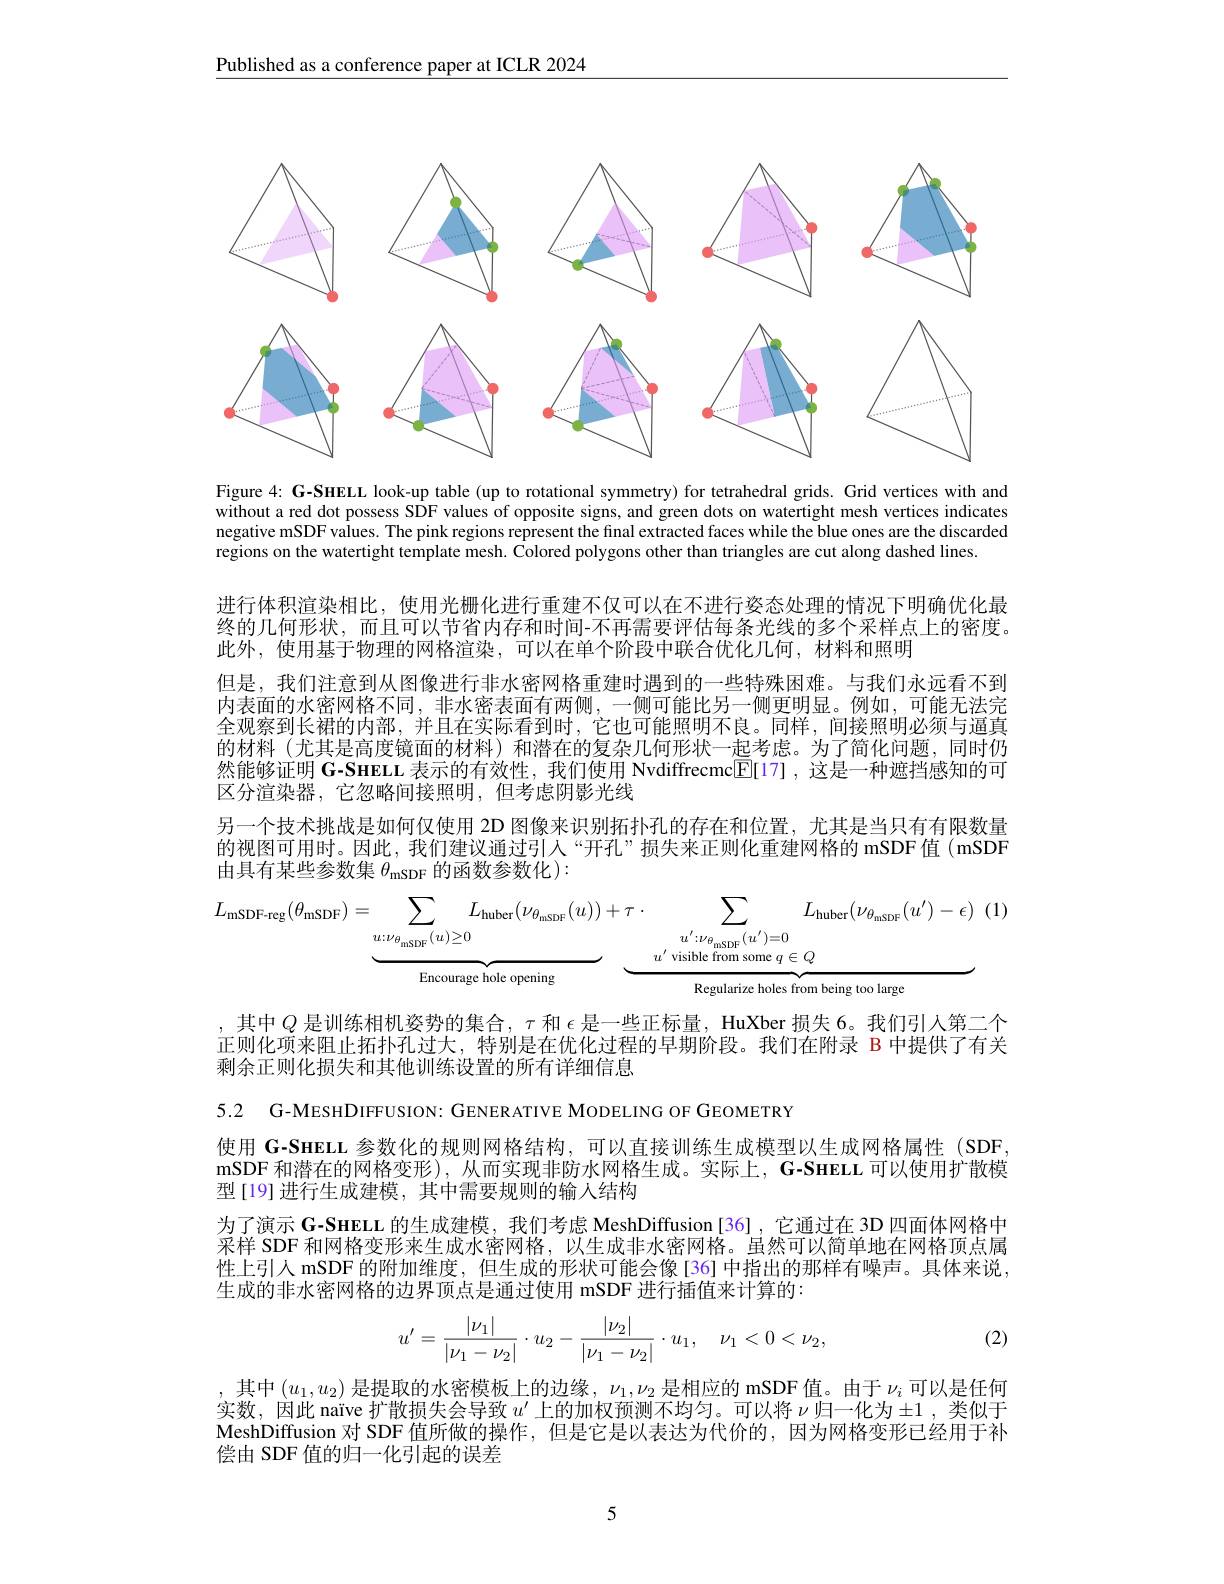
$\underline{\text{Published as a conference paper at ICLR 2024}}$

<FigureHere>

Figure 4: G-SHELL look-up table (up to rotational symmetry) for tetrahedral grids. Grid vertices with and without a red dot possess SDF values of opposite signs, and green dots on watertight mesh vertices indicates negative mSDF values. The pink regions represent the final extracted faces while the blue ones are the discarded regions on the watertight template mesh. Colored polygons other than triangles are cut along dashed lines.

进行体积渲染相比，使用光栅化进行重建不仅可以在不进行姿态处理的情况下明确优化最终的几何形状，而且可以节省内存和时间-不再需要评估每条光线的多个采样点上的密度。此外，使用基于物理的网格渲染，可以在单个阶段中联合优化几何，材料和照明
但是，我们注意到从图像进行非水密网格重建时遇到的一些特殊困难。与我们永远看不到内表面的水密网格不同，非水密表面有两侧，一侧可能比另一侧更明显。例如，可能无法完全观察到长裙的内部，并且在实际看到时，它也可能照明不良。同样，间接照明必须与逼真的材料(尤其是高度镜面的材料)和潜在的复杂几何形状一起考虑。为了简化问题，同时仍然能够证明 G-SHELL 表示的有效性，我们使用 Nvdiffrecmc$\boxed{\mathbb{E}}[17]$,这是一种遮挡感知的可区分渲染器，它忽略间接照明，但考虑阴影光线

另一个技术挑战是如何仅使用 2D 图像来识别拓扑孔的存在和位置，尤其是当只有有限数量的视图可用时。因此，我们建议通过引人“开孔”损失来正则化重建网格的 mSDF值(mSDF 由具有某些参数集 $\theta_\mathrm{mSDF}$ 的函数参数化):
$$L_{\mathrm{mSDF-reg}}(\theta_{\mathrm{mSDF}})=\underbrace{\sum_{u:\nu_{\theta_{nSDF}}(u)\geq0}L_{\mathrm{huber}}(\nu_{\theta_{nSDF}}(u))}_{\text{Encourage hole opening}}+\underbrace{\tau\cdot\sum_{u^{\prime}:\nu_{\theta_{nSDF}}(u^{\prime})=0}L_{\mathrm{huber}}(\nu_{\theta_{nSDF}}(u^{\prime})-\epsilon)}_{\text{Regularize boles from being too large}}$$
其中$Q$是训练相机姿势的集合，$\tau$和$\epsilon$是一些正标量，HuXber 损失 6。我们引人第二个正则化项来阻止拓扑孔过大，特别是在优化过程的早期阶段。我们在附录 B 中提供了有关剩余正则化损失和其他训练设置的所有详细信息

5.2 G-MESHDIFFUSION: GENERATIVE MODELING OF GEOMETRY

使用 G-SHELL 参数化的规则网格结构，可以直接训练生成模型以生成网格属性 (SDF. mSDF 和潜在的网格变形),从而实现非防水网格生成。实际上，G-SHELL 可以使用扩散模型[19]进行生成建模，其中需要规则的输入结构

为了演示 G-SHELL 的生成建模，我们考虑 MeshDiffusion[36],它通过在 3D 四面体网格中采样 SDF 和网格变形来生成水密网格，以生成非水密网格。虽然可以简单地在网格顶点属性上引入 mSDF 的附加维度，但生成的形状可能会像[36] 中指出的那样有噪声。具体来说， 生成的非水密网格的边界顶点是通过使用 mSDF 进行插值来计算的：

(2)
$$u'=\frac{|\nu_1|}{|\nu_1-\nu_2|}\cdot u_2-\frac{|\nu_2|}{|\nu_1-\nu_2|}\cdot u_1,\quad\nu_1<0<\nu_2,$$
,其中$(u_1,u_2)$是提取的水密模板上的边缘$,\nu_1,\nu_2$是相应的 mSDF 值。由于$\nu_i$可以是任何实数，因此 naïve 扩散损失会导致$u^\prime$上的加权预测不均匀。可以将$\nu$归一化为 ±1 ,类似于MeshDiffusion 对 SDF 值所做的操作，但是它是以表达为代价的，因为网格变形已经用于补偿由 SDF 值的归一化引起的误差

5